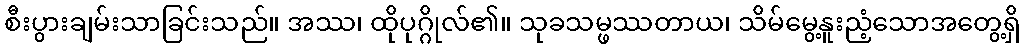
စီးပွားချမ်းသာခြင်းသည်။ အဿ၊ ထိုပုဂ္ဂိုလ်၏။ သုခသမ္ဖဿတာယ၊ သိမ်မွေ့နူးညံ့သောအတွေ့ရှိ